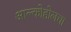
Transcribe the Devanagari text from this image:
आल्कोहोलचा